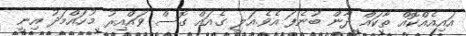
އައިއެއްކޮއް ތާކައް ދާން ބުނެފަ އެވެ.އަލީ ގެއައް ގޮސް ވައްއިރު މުހައްމަދު އިނީ